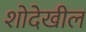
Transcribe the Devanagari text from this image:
शोदेखील